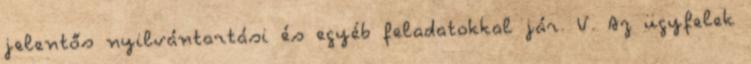
jelentős nyilvántartási és egyéb feladatokkal jár. V. Az ügyfelek